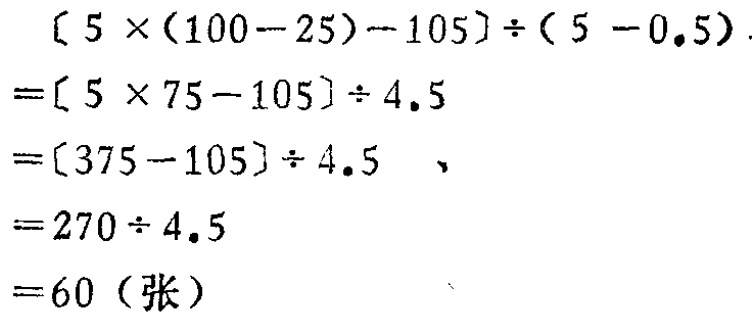
\[

\begin{align*}

&[5\times(100 - 25)-105]\div(5 - 0.5)\\

=&[5\times75 - 105]\div4.5\\

=&[375 - 105]\div4.5\\

=&270\div4.5\\

=&60 (\text{张})

\end{align*}

\]